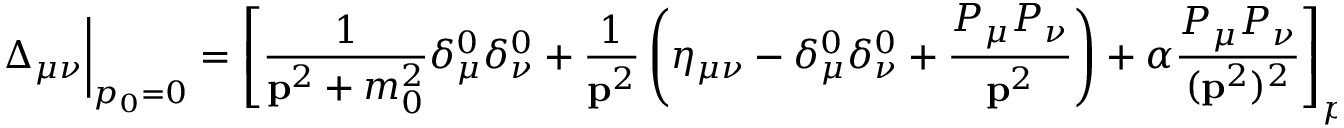
\Delta _ { \mu \nu } \bigg | _ { p _ { 0 } = 0 } = \left[ \frac 1 { { \bf p } ^ { 2 } + m _ { 0 } ^ { 2 } } \delta _ { \mu } ^ { 0 } \delta _ { \nu } ^ { 0 } + \frac 1 { { \bf p } ^ { 2 } } \left( \eta _ { \mu \nu } - \delta _ { \mu } ^ { 0 } \delta _ { \nu } ^ { 0 } + \frac { P _ { \mu } P _ { \nu } } { { \bf p } ^ { 2 } } \right) + \alpha \frac { P _ { \mu } P _ { \nu } } { ( { \bf p } ^ { 2 } ) ^ { 2 } } \right] _ { p _ { 0 } = 0 } ,